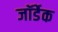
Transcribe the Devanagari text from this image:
जॉर्डेक